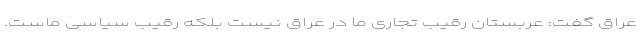
عراق گفت: عربستان رقیب تجاری ما در عراق نیست بلکه رقیب سیاسی ماست.